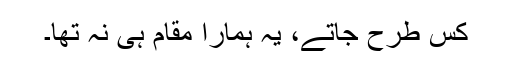
کس طرح جاتے، یہ ہمارا مقام ہی نہ تھا۔